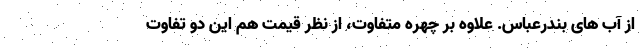
از آب های بندرعباس. علاوه بر چهره متفاوت، از نظر قیمت هم این دو تفاوت